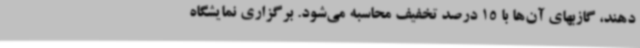
دهند، گازبهای آن‌ها با 15 درصد تخفیف محاسبه می‌شود. برگزاری نمایشگاه